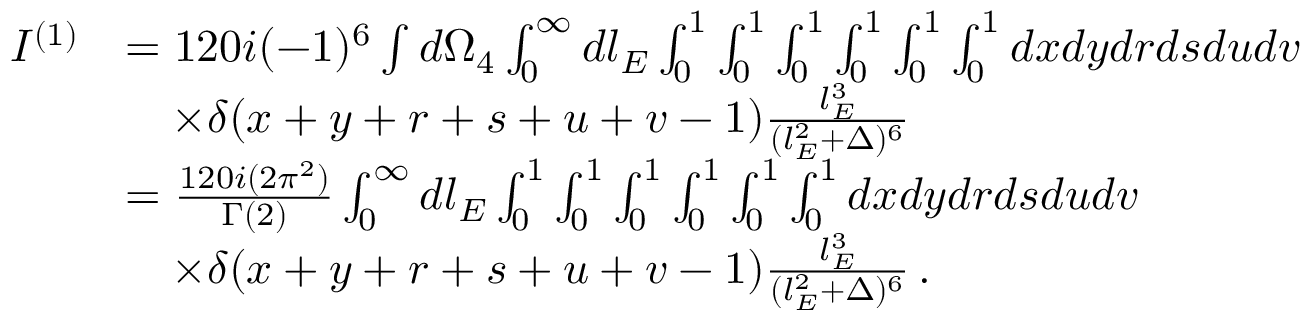
\begin{array} { r l } { I ^ { ( 1 ) } } & { = 1 2 0 i ( - 1 ) ^ { 6 } \int d \Omega _ { 4 } \int _ { 0 } ^ { \infty } d l _ { E } \int _ { 0 } ^ { 1 } \int _ { 0 } ^ { 1 } \int _ { 0 } ^ { 1 } \int _ { 0 } ^ { 1 } \int _ { 0 } ^ { 1 } \int _ { 0 } ^ { 1 } d x d y d r d s d u d v } \\ & { \quad \times \delta ( x + y + r + s + u + v - 1 ) \frac { l _ { E } ^ { 3 } } { ( l _ { E } ^ { 2 } + \Delta ) ^ { 6 } } } \\ & { = \frac { 1 2 0 i ( 2 \pi ^ { 2 } ) } { \Gamma ( 2 ) } \int _ { 0 } ^ { \infty } d l _ { E } \int _ { 0 } ^ { 1 } \int _ { 0 } ^ { 1 } \int _ { 0 } ^ { 1 } \int _ { 0 } ^ { 1 } \int _ { 0 } ^ { 1 } \int _ { 0 } ^ { 1 } d x d y d r d s d u d v } \\ & { \quad \times \delta ( x + y + r + s + u + v - 1 ) \frac { l _ { E } ^ { 3 } } { ( l _ { E } ^ { 2 } + \Delta ) ^ { 6 } } \, . } \end{array}